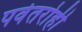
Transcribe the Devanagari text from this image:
पर्वतरोही